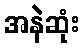
အနဲဆုံး